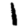
Digit: 1